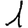
Digit: 1